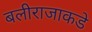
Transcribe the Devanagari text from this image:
बलीराजाकडे